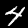
Digit: 4